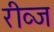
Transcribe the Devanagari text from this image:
रीव्ज